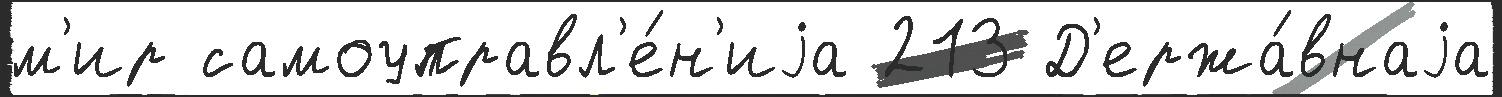
м'ир самоуправл'е́н'иjа 213 Д'ержа́внаjа